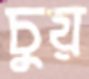
চুয়